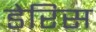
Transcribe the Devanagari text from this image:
डेरिस